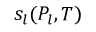
s _ { l } ( P _ { l } , T )